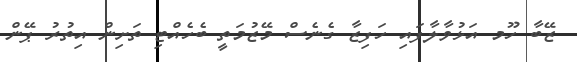
ޒޭބާ ހޫމ އަޅުވާލާފައި ހަފިޒާ ގެނެސް މޭޒުމަތީ ބެހެއްޓި ތަށިން އިތުރު ޕޭން